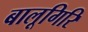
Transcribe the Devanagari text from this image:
बालूगिरि